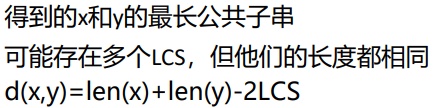
得到的x和y的最长公共子串
可能存在多个LCS，但他们的长度都相同
$d(x,y)=\mathrm{len}(x)+\mathrm{len}(y)-2\mathrm{LCS}$